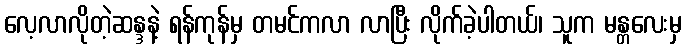
လေ့လာလိုတဲ့ဆန္ဒနဲ့ ရန်ကုန်မှ တမင်ကလာ လာပြီး လိုက်ခဲ့ပါတယ်၊ သူက မန္တလေးမှ